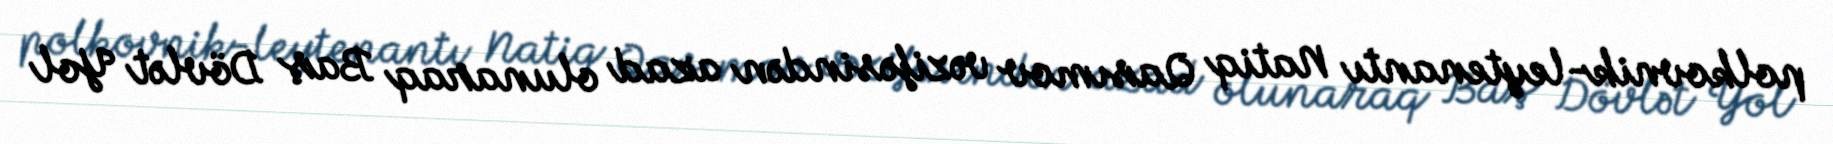
polkovnik-leytenantı Natiq Qasımov vəzifəsindən azad olunaraq Baş Dövlət Yol